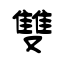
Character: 雙